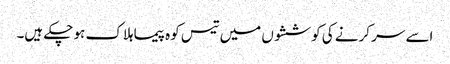
اسے سر کرنے کی کوششوں میں تیس کوہ پیما ہلاک ہو چکے ہیں۔